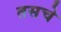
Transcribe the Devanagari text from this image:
तसचे